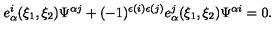
e _ { \alpha } ^ { i } ( \xi _ { 1 } , \xi _ { 2 } ) \Psi ^ { \alpha j } + ( - 1 ) ^ { \epsilon ( i ) \epsilon ( j ) } e _ { \alpha } ^ { j } ( \xi _ { 1 } , \xi _ { 2 } ) \Psi ^ { \alpha i } = 0 .